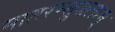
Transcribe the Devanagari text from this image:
मातरम्सुजलाम्